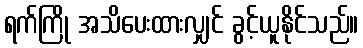
ရက်ကြို အသိပေးထားလျှင် ခွင့်ယူနိုင်သည်။